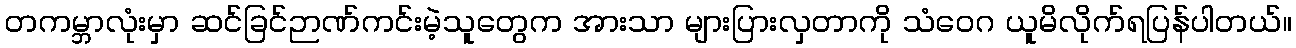
တကမ္ဘာလုံးမှာ ဆင်ခြင်ဉာဏ်ကင်းမဲ့သူတွေက အားသာ များပြားလှတာကို သံဝေဂ ယူမိလိုက်ရပြန်ပါတယ်။